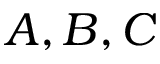
A , B , C